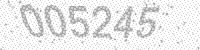
Solution: 005245